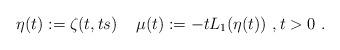
LaTeX: \begin{align*}\eta(t) := \zeta(t,ts) \;\;\;\; \mu(t) := - t L_1(\eta(t))\ , t>0\ . \end{align*}